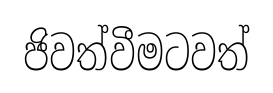
ජිවත්වීමටවත්